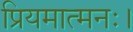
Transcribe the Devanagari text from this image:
प्रियमात्मनः।